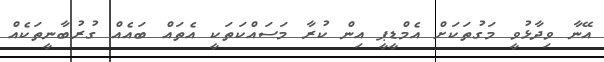
އޭނާ ވިދާޅުވީ މަގުތަކަށް އެމްޑީޕީ އިން ކުރާ މަސައްކަތަކީ އެތައް ބައެއް ގުރުބާނީތަކެއް